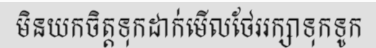
មិនយកចិត្តទុកដាក់មើលថែររក្សាទុកទូក